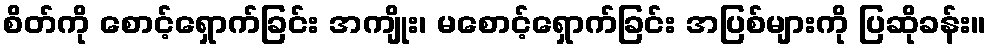
စိတ်ကို စောင့်ရှောက်ခြင်း အကျိုး၊ မစောင့်ရှောက်ခြင်း အပြစ်များကို ပြဆိုခန်း။